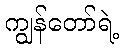
ကျွန်တော်ရဲ့